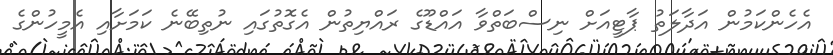
އެހެންކަމުން އަދާލަތު ޕާޓީއަށް ނިސްބަތްވާ އައްޑޫގެ ރައްޔިތުން އެގޮތުގައި ނުތިބޭނެ ކަމަށާއި އެމީހުންގެ